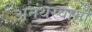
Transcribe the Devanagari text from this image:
अनंथस्वामी